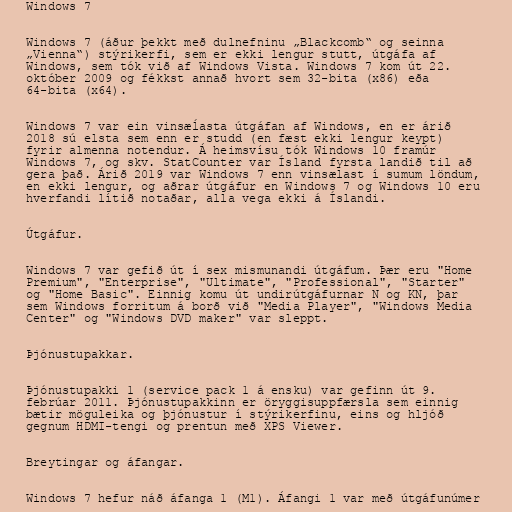
Windows 7

Windows 7 (áður þekkt með dulnefninu „Blackcomb“ og seinna
„Vienna“) stýrikerfi, sem er ekki lengur stutt, útgáfa af
Windows, sem tók við af Windows Vista. Windows 7 kom út 22.
október 2009 og fékkst annað hvort sem 32-bita (x86) eða
64-bita (x64).

Windows 7 var ein vinsæĺasta útgáfan af Windows, en er árið
2018 sú elsta sem enn er studd (en fæst ekki lengur keypt)
fyrir almenna notendur. Á heimsvísu tók Windows 10 framúr
Windows 7, og skv. StatCounter var Ísland fyrsta landið til að
gera það. Árið 2019 var Windows 7 enn vinsælast í sumum löndum,
en ekki lengur, og aðrar útgáfur en Windows 7 og Windows 10 eru
hverfandi lítið notaðar, alla vega ekki á Íslandi.

Útgáfur.

Windows 7 var gefið út í sex mismunandi útgáfum. Þær eru "Home
Premium", "Enterprise", "Ultimate", "Professional", "Starter"
og "Home Basic". Einnig komu út undirútgáfurnar N og KN, þar
sem Windows forritum á borð við "Media Player", "Windows Media
Center" og "Windows DVD maker" var sleppt.

Þjónustupakkar.

Þjónustupakki 1 (service pack 1 á ensku) var gefinn út 9.
febrúar 2011. Þjónustupakkinn er öryggisuppfærsla sem einnig
bætir möguleika og þjónustur í stýrikerfinu, eins og hljóð
gegnum HDMI-tengi og prentun með XPS Viewer.

Breytingar og áfangar.

Windows 7 hefur náð áfanga 1 (M1). Áfangi 1 var með útgáfunúmer